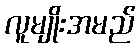
လူမျိုးအမည်